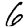
Digit: 6